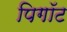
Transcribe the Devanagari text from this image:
पिगॉट